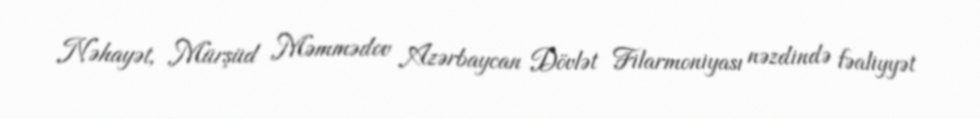
Nəhayət, Mürşüd Məmmədov Azərbaycan Dövlət Filarmoniyası nəzdində fəaliyyət